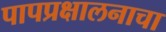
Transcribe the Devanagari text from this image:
पापप्रक्षालनाचा